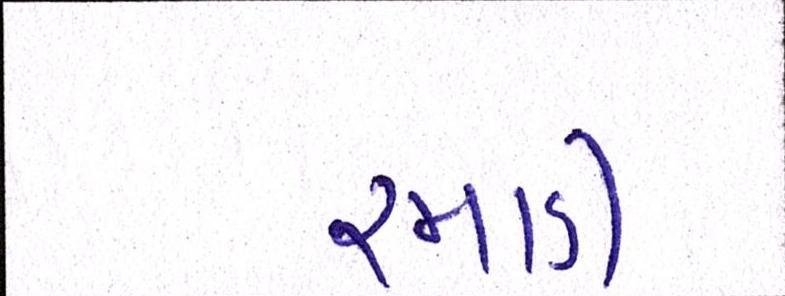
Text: રમાડી